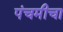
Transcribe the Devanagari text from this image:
पंचमीचा